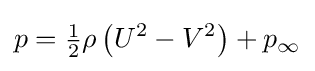
p={\tfrac {1}{2}}\rho \left(U^{2}-V^{2}\right)+p_{\infty }